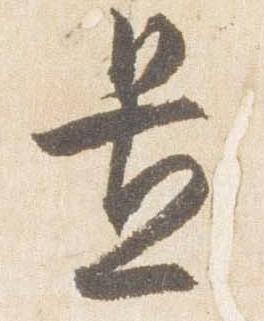
置